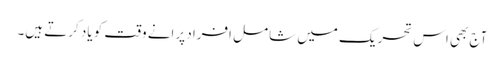
آج بھی اس تحریک میں شامل افراد پرانے وقت کو یاد کرتے ہیں۔